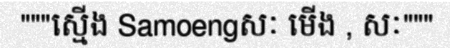
"""ស្មើង Samoengសៈ មើង , សៈ"""